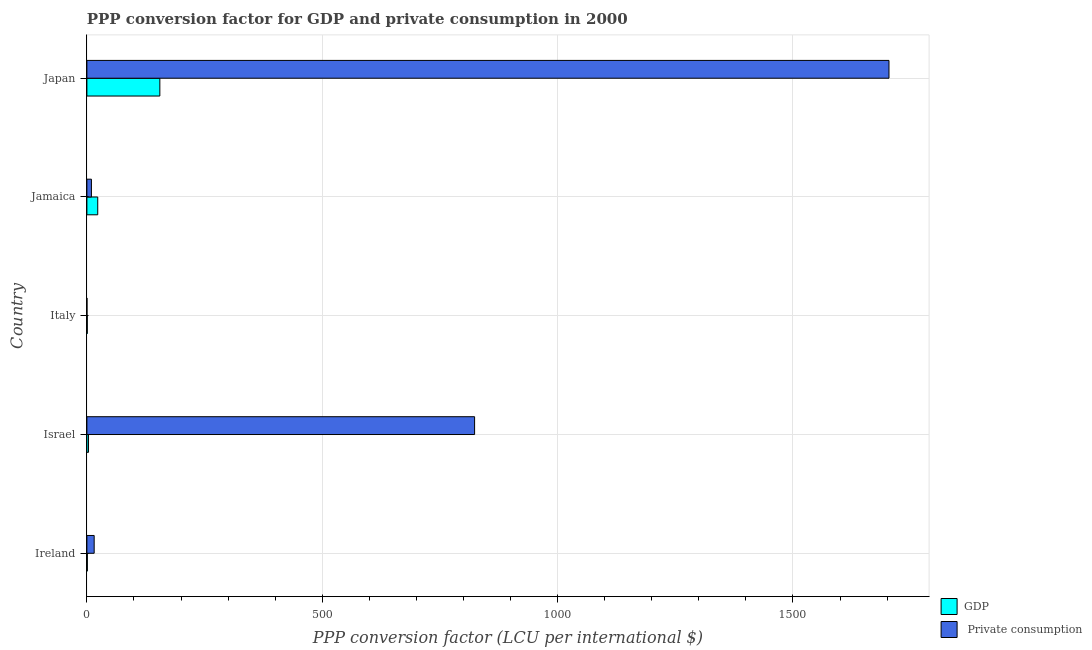
| Country | GDP |  Private consumption |
 | --- | --- | --- |
 | Ireland | 0.961 | 15.5 |
 | Israel | 3.45 | 824 |
 | Italy | 0.817 | 0.157 |
 | Jamaica | 23 | 9.63 |
 | Japan | 155 | 1.7e+03 |